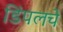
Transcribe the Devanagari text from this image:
डिंपलचे